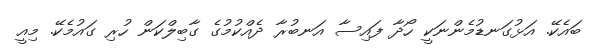
ބައެކޭ. އަޅުގަނޑުމެންނަކީ ހޯދާ ފައިސާ އަނބުރާ ދެއްކުމުގެ ގާބިލްކަން ހުރި ގައުމެކޭ. މިއީ